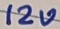
Text: 12V